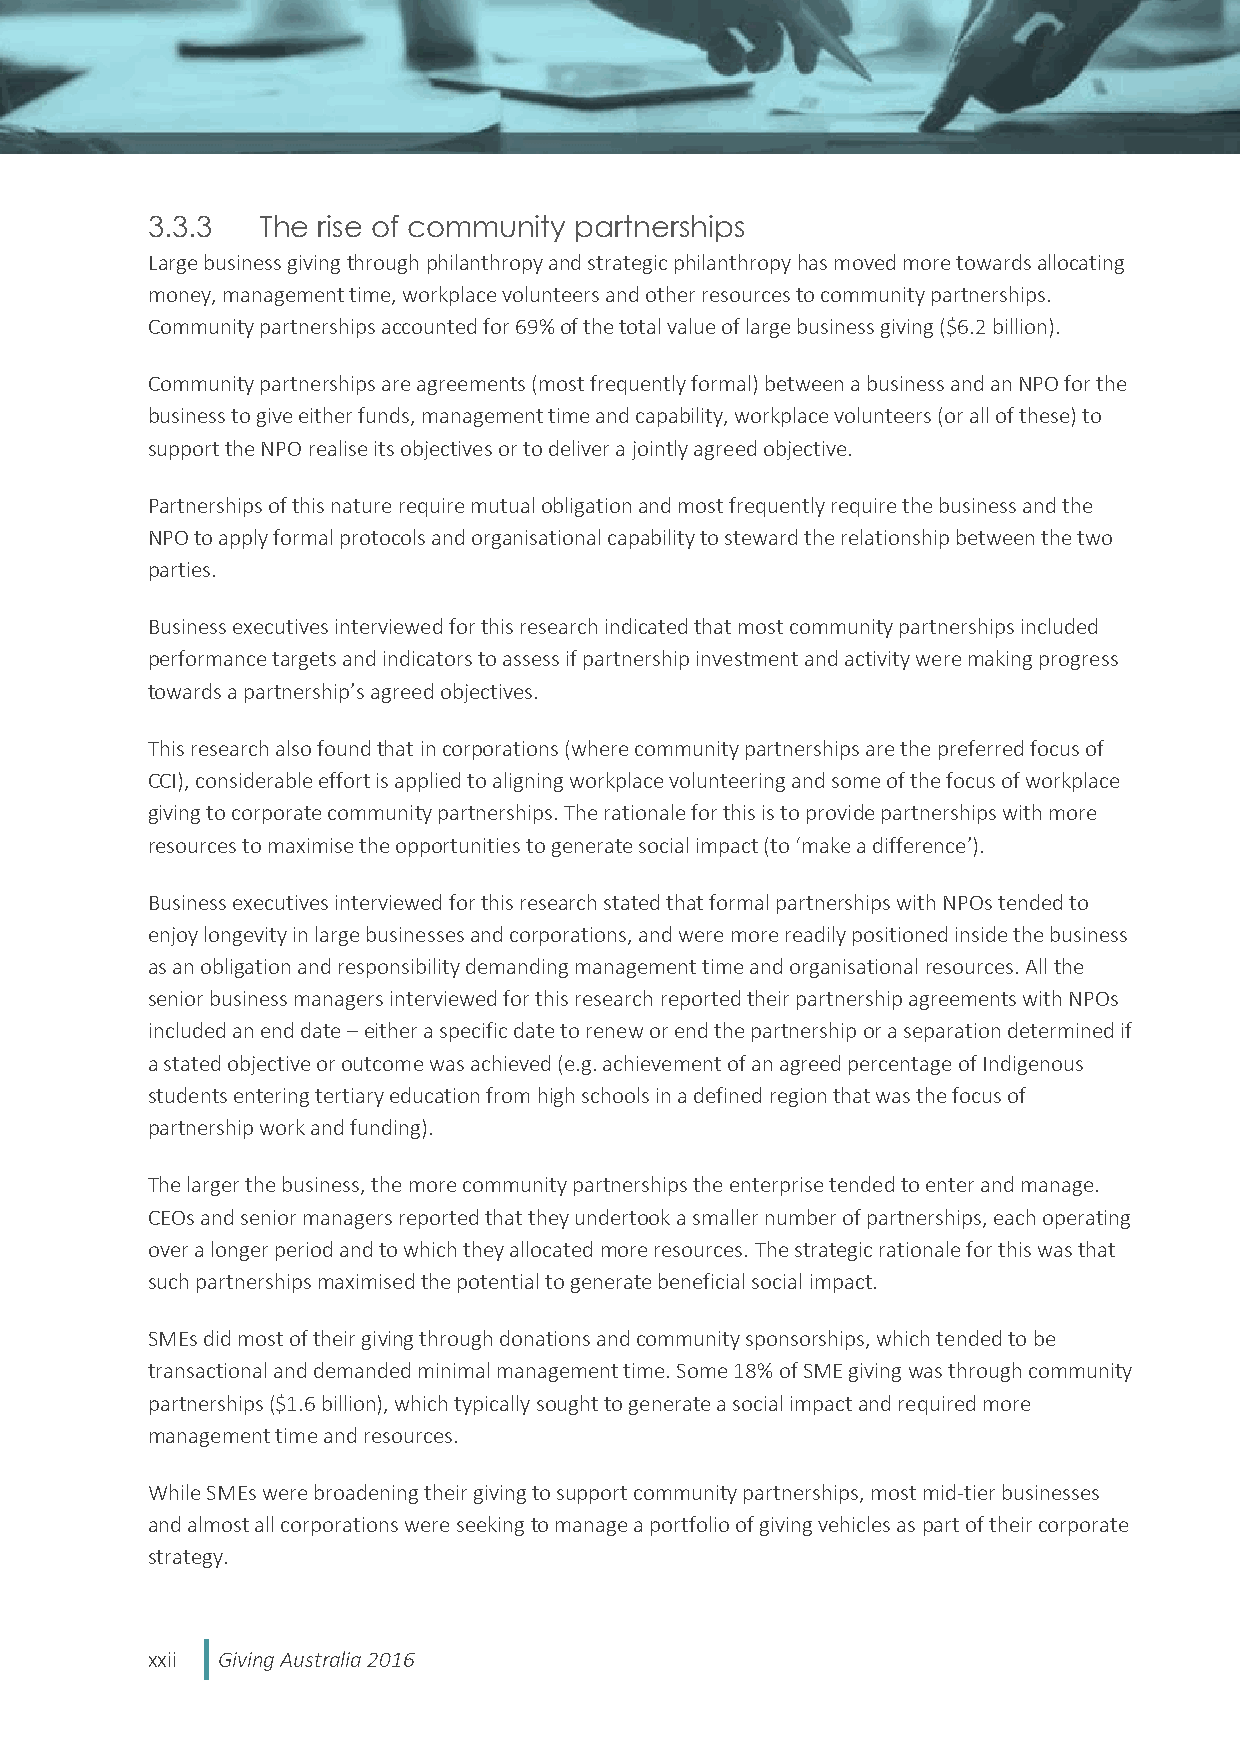
3.3.3  The rise of community partnerships
 Large business giving through philanthropy and strategic philanthropy has moved more towards allocating
 money, management time, workplace volunteers and other resources to community partnerships.
 Community partnerships accounted for 69% of the total value of large business giving ($6.2 billion).
 Community partnerships are agreements (most frequently formal) between a business and an NPO for the
 business to give either funds, management time and capability, workplace volunteers (or all of these) to
 support the NPO realise its objectives or to deliver a jointly agreed objective.
 Partnerships of this nature require mutual obligation and most frequently require the business and the
 NPO to apply formal protocols and organisational capability to steward the relationship between the two
 parties.
 Business executives interviewed for this research indicated that most community partnerships included
 performance targets and indicators to assess if partnership investment and activity were making progress
 towards a partnership’s agreed objectives.
 This research also found that in corporations (where community partnerships are the preferred focus of
 CCI), considerable effort is applied to aligning workplace volunteering and some of the focus of workplace
 giving to corporate community partnerships. The rationale for this is to provide partnerships with more
 resources to maximise the opportunities to generate social impact (to ‘make a difference’).
 Business executives interviewed for this research stated that formal partnerships with NPOs tended to
 enjoy longevity in large businesses and corporations, and were more readily positioned inside the business
 as an obligation and responsibility demanding management time and organisational resources. All the
 senior business managers interviewed for this research reported their partnership agreements with NPOs
 included an end date – either a specific date to renew or end the partnership or a separation determined if
 a stated objective or outcome was achieved (e.g. achievement of an agreed percentage of Indigenous
 students entering tertiary education from high schools in a defined region that was the focus of
 partnership work and funding).
 The larger the business, the more community partnerships the enterprise tended to enter and manage.
 CEOs and senior managers reported that they undertook a smaller number of partnerships, each operating
 over a longer period and to which they allocated more resources. The strategic rationale for this was that
 such partnerships maximised the potential to generate beneficial social impact.
 SMEs did most of their giving through donations and community sponsorships, which tended to be
 transactional and demanded minimal management time. Some 18% of SME giving was through community
 partnerships ($1.6 billion), which typically sought to generate a social impact and required more
 management time and resources.
 While SMEs were broadening their giving to support community partnerships, most mid-tier businesses
 and almost all corporations were seeking to manage a portfolio of giving vehicles as part of their corporate
 strategy.
 xxii Giving Australia 2016